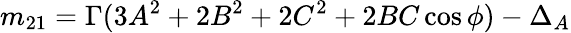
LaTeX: m_{21}=\Gamma(3A^{2}+2B^{2}+2C^{2}+2BC\cos\phi)-\Delta_{A}